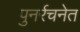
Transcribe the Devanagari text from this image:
पुनर्रचनेत